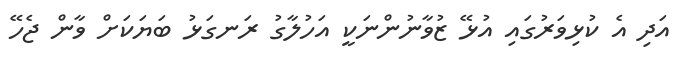
އަދި އެ ކުޅިވަރުގައި އުޅޭ ޒުވާނުންނަކީ އަހުލާގު ރަނގަޅު ބަޔަކަށް ވާން ޖެހޭ